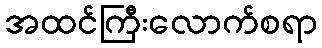
အထင်ကြီးလောက်စရာ